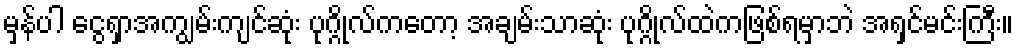
မှန်ပါ ငွေရှာအကျွမ်းကျင်ဆုံး ပုဂ္ဂိုလ်ကတော့ အချမ်းသာဆုံး ပုဂ္ဂိုလ်ထဲကဖြစ်ရမှာဘဲ အရှင်မင်းကြီး။